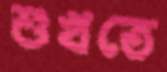
শুখতে